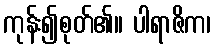
ကုန်း၍စုတ်၏။ ပါရာဇိက၊